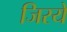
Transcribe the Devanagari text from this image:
जिरये